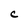
Character: C